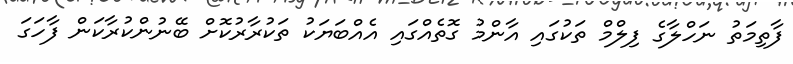
ފާތިމަތު ނަހްލާގެ ފިލްމް ތަކުގައި އާންމު ގޮތެއްގައި އެއްބަޔަކު ތަކުރާރުކޮށް ބޭނުންކުރާކަން ފާހަގަ